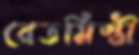
বেতমিস্ত্রী